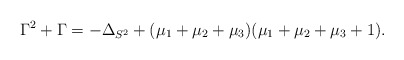
\begin{align*} \Gamma^2+\Gamma=-\Delta_{S^2}+(\mu_1+\mu_2+\mu_3)(\mu_1+\mu_2+\mu_3+1).\end{align*}